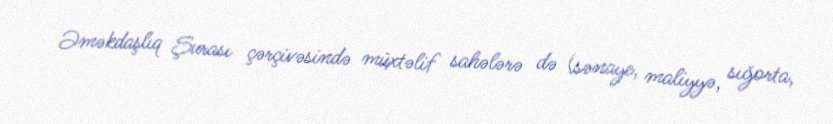
Əməkdaşlıq Şurası çərçivəsində müxtəlif sahələrə də (sənaye, maliyyə, sığorta,